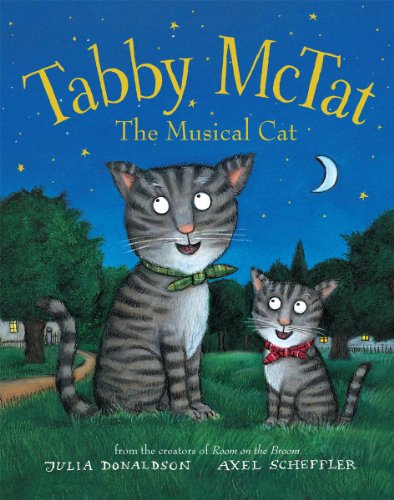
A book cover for Tabby McTat, The Musical Cat; Julia Donaldson; Children's Books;